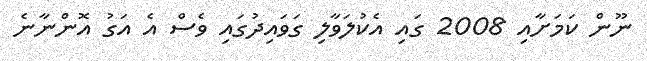
ނޫން ކަމަށާއި 2008 ގައި އެކުލަވާލި ގަވައިދުގައި ވެސް އެ އަގު އޮންނާނެ